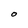
Character: O